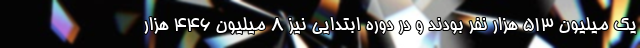
یک میلیون ۵۱۳ هزار نفر بودند و در دوره ابتدایی نیز ۸ میلیون ۴۴۶ هزار